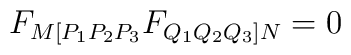
F_{M[P_1P_2P_3} F_{Q_1Q_2Q_3]N}=0